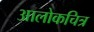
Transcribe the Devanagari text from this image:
आलोकचित्र